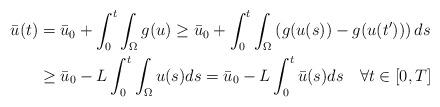
LaTeX: \begin{align*}\bar{u}(t) & =\bar{u}_{0}+\int_{0}^{t}\int_{\Omega}g(u)\geq\bar{u}_{0}+\int_{0}^{t}\int_{\Omega}\left( g(u(s))-g(u(t^{\prime}))\right) ds\\& \geq\bar{u}_{0}-L\int_{0}^{t}\int_{\Omega}u(s)ds=\bar{u}_{0}-L\int_{0}^{t}\bar{u}(s)ds\quad\forall t\in [0,T]\end{align*}